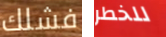
فشلك للخطر